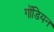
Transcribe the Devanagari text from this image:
गोंडियन